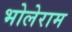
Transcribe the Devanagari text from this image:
भोलेराम